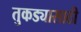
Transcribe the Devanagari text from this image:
तुकड्यासाठी